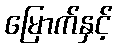
မြောက်နှင့်